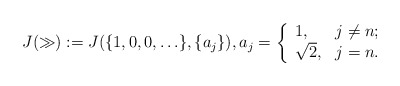
\begin{align*}J(\gg):=J(\{1,0,0,\ldots\},\{a_j\}), a_j=\left\{ \begin{array}{ll} 1, & j\not= n; \\ \sqrt{2}, & j=n. \end{array}\right.\end{align*}